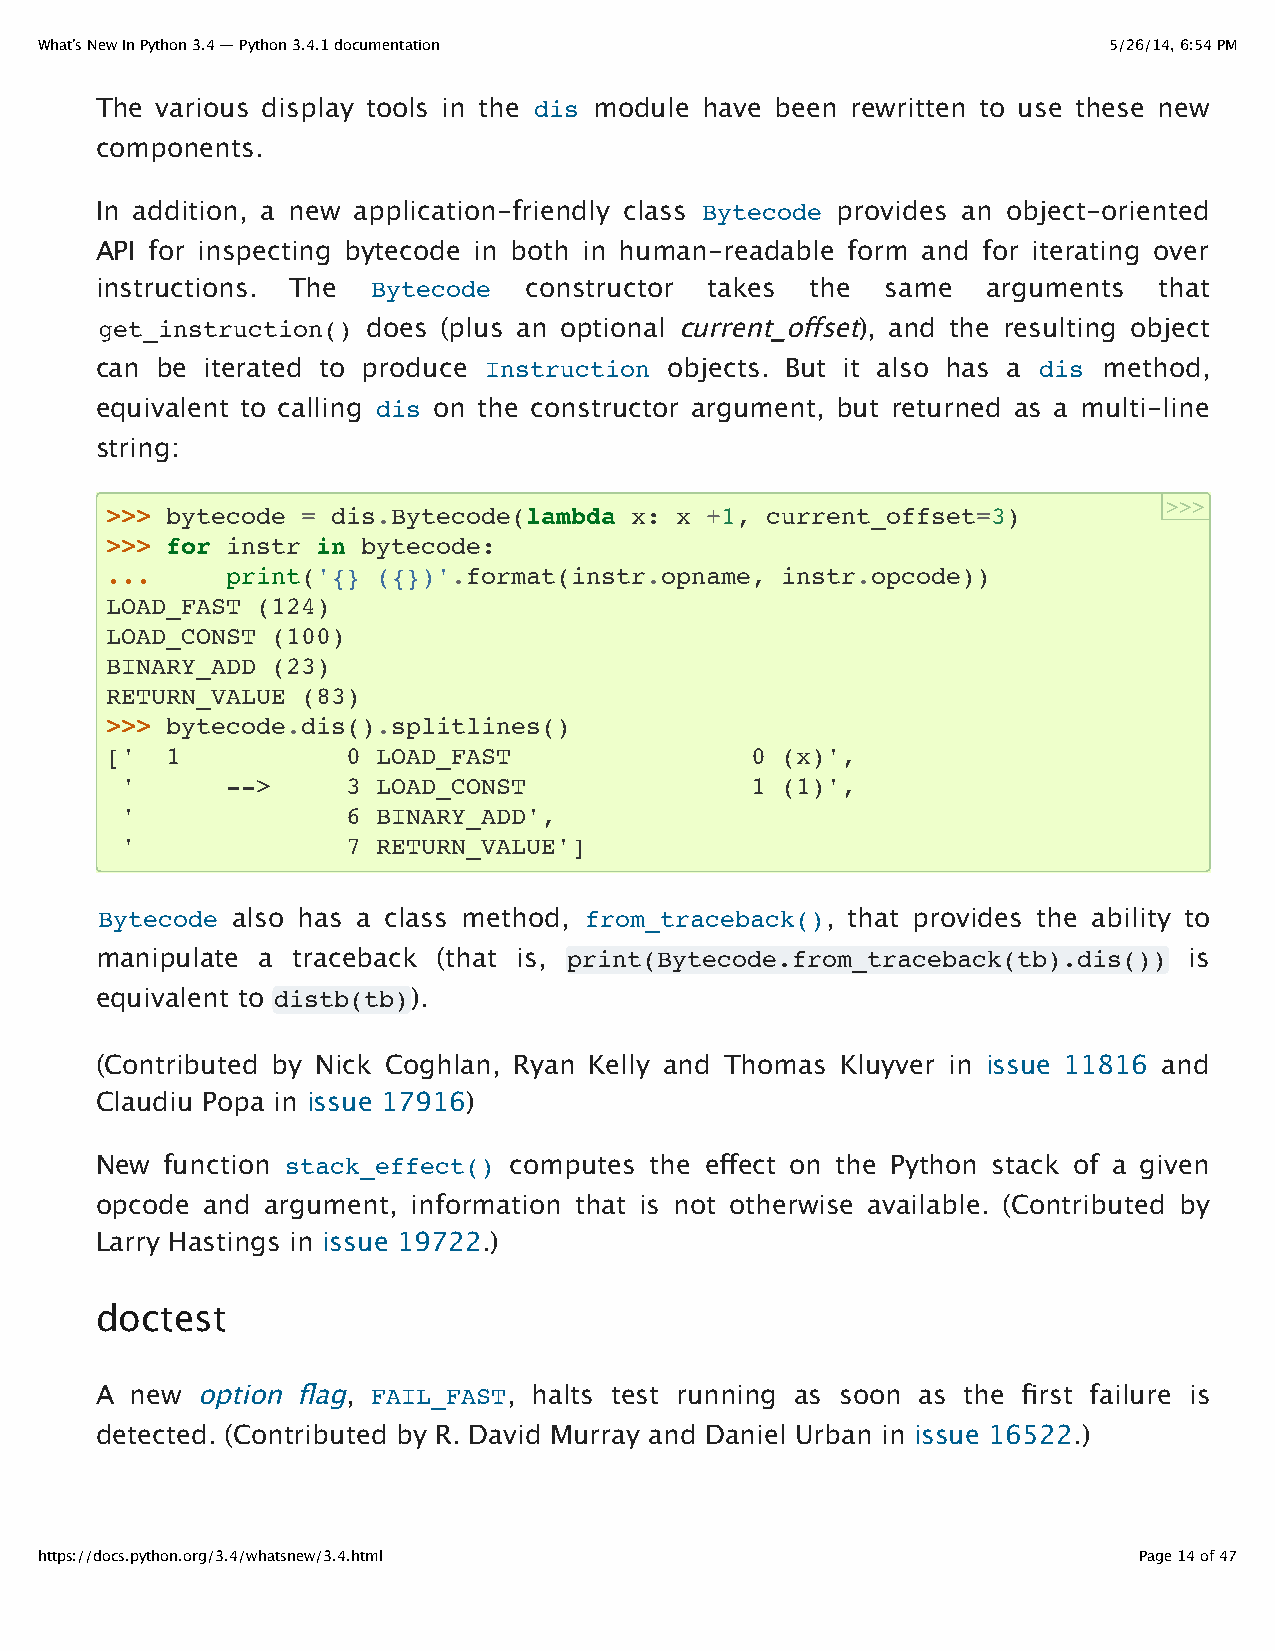
What’s New In Python 3.4 — Python 3.4.1 documentation                  5/26/14, 6:54 PM
 The various display tools in the dis module have been rewritten to use these new
 components.
 In addition, a new application-friendly class Bytecode provides an object-oriented
 API for inspecting bytecode in both in human-readable form and for iterating over
 instructions. The  Bytecode  constructor takes  the  same  arguments   that
 get_instruction() does (plus an optional current_offset), and the resulting object
 can be  iterated to produce Instruction objects. But it also has a dis method,
 equivalent to calling dis on the constructor argument, but returned as a multi-line
 string:
 >>>
 >>> bytecode = dis.Bytecode(lambda x: x +1, current_offset=3)
 >>> for instr in bytecode:
 ...     print('{} ({})'.format(instr.opname, instr.opcode))
 LOAD_FAST (124)
 LOAD_CONST (100)
 BINARY_ADD (23)
 RETURN_VALUE (83)
 >>> bytecode.dis().splitlines()
 ['  1           0 LOAD_FAST                0 (x)',
 '      -->     3 LOAD_CONST               1 (1)',
 '              6 BINARY_ADD',
 '              7 RETURN_VALUE']
 Bytecode also has a class method, from_traceback(), that provides the ability to
 manipulate a traceback (that is, print(Bytecode.from_traceback(tb).dis()) is
 equivalent to distb(tb)).
 (Contributed by Nick Coghlan, Ryan Kelly and Thomas Kluyver in issue 11816 and
 Claudiu Popa in issue 17916)
 New  function stack_effect() computes the effect on the Python stack of a given
 opcode and  argument, information that is not otherwise available. (Contributed by
 Larry Hastings in issue 19722.)
 doctest
 A  new option flag, FAIL_FAST, halts test running as soon as the first failure is
 detected. (Contributed by R. David Murray and Daniel Urban in issue 16522.)
 https://docs.python.org/3.4/whatsnew/3.4.html                            Page 14 of 47